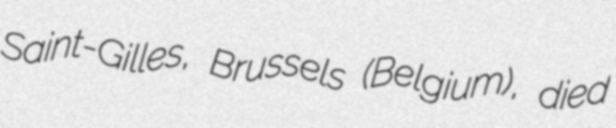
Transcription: Saint-Gilles, Brussels (Belgium), died